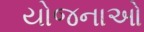
યોજનાઓ